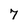
Character: 7